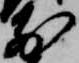
前